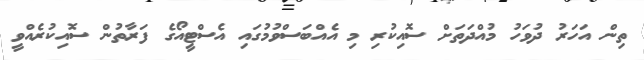
ތިން އަހަރު ދުވަހު މުއްދަތަށް ސޮއިކުރި މި އެއްބަސްވުމުގައި އެސްޓީއޯގެ ފަރާތުން ސޮއިކުރެއްވީ